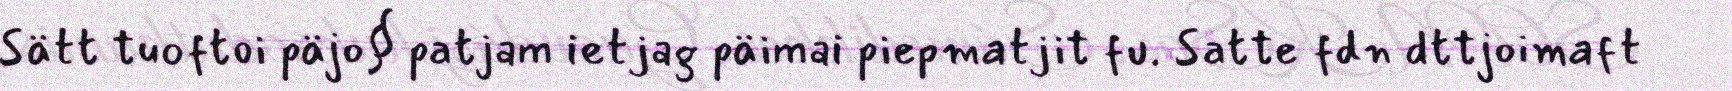
Sätt tuoftoi päjo§ patjam ietjag päimai piepmatjit fu. Satte fdn dttjoimaft